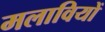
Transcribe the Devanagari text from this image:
मलावियों